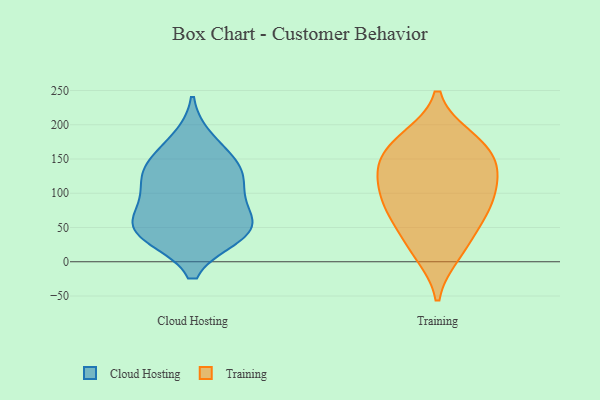
{"axis": {"x": "Satisfaction Score", "y": "Value"}, "legend": ["Cloud Hosting", "Training"], "data": [{"x": "", "y": 178, "type": "Cloud Hosting"}, {"x": "", "y": 38, "type": "Cloud Hosting"}, {"x": "", "y": 54, "type": "Cloud Hosting"}, {"x": "", "y": 122, "type": "Cloud Hosting"}, {"x": "", "y": 41, "type": "Cloud Hosting"}, {"x": "", "y": 127, "type": "Cloud Hosting"}, {"x": "", "y": 134, "type": "Cloud Hosting"}, {"x": "", "y": 150, "type": "Cloud Hosting"}, {"x": "", "y": 53, "type": "Cloud Hosting"}, {"x": "", "y": 80, "type": "Cloud Hosting"}, {"x": "", "y": 95, "type": "Cloud Hosting"}, {"x": "", "y": 41, "type": "Cloud Hosting"}, {"x": "", "y": 13, "type": "Training"}, {"x": "", "y": 63, "type": "Training"}, {"x": "", "y": 116, "type": "Training"}, {"x": "", "y": 129, "type": "Training"}, {"x": "", "y": 23, "type": "Training"}, {"x": "", "y": 95, "type": "Training"}, {"x": "", "y": 176, "type": "Training"}, {"x": "", "y": 126, "type": "Training"}, {"x": "", "y": 80, "type": "Training"}, {"x": "", "y": 160, "type": "Training"}, {"x": "", "y": 179, "type": "Training"}, {"x": "", "y": 70, "type": "Training"}, {"x": "", "y": 154, "type": "Training"}]}